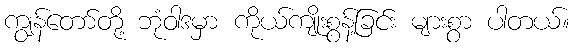
ကျွန်တော်တို့ ဘုံဝါဒမှာ ကိုယ်ကျိုးစွန့်ခြင်း များစွာ ပါတယ်။